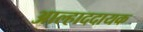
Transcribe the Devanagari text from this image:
अाल्हाददायक